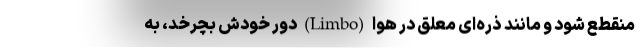
منقطع شود و مانندِ ذره‌ای معلّق در هوا (Limbo) دورِ خودش بچرخد، به